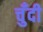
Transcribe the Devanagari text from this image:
चुँदी